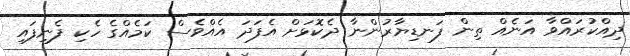
ދިއްކުރައްވާ އަނެއް ތިން ފަނޑިޔާރުންނާ ދެކޮޅަށް އެފަދަ އެއްވެސް ކަމެއްގެ ހެކި ފެނިފައި